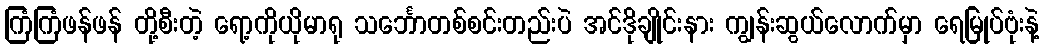
ကြံကြံဖန်ဖန် တို့စီးတဲ့ ရော့ကိုယိုမာရု သင်္ဘောတစ်စင်းတည်းပဲ အင်ဒိုချိုင်းနား ကျွန်းဆွယ်လောက်မှာ ရေမြုပ်ဗုံးနဲ့